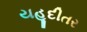
યહૂદીતર